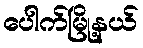
ပေါက်မြို့နယ်